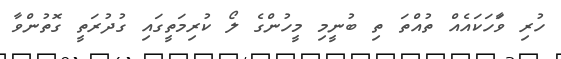
ހުރި ވާަހަކައެއް ތުއްތަ ތި ބުނީމި މީހުންގެ ލޯ ކުރިމަތީގައި ގުދުރަތީ ގޮތުންވާ